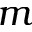
m